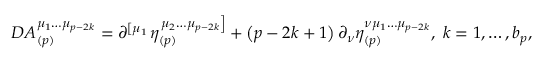
D A _ { ( p ) } ^ { \mu _ { 1 } \ldots \mu _ { p - 2 k } } = \partial ^ { \left[ \mu _ { 1 } \right. } \eta _ { ( p ) } ^ { \left. \mu _ { 2 } \ldots \mu _ { p - 2 k } \right] } + \left( p - 2 k + 1 \right) \partial _ { \nu } \eta _ { ( p ) } ^ { \nu \mu _ { 1 } \ldots \mu _ { p - 2 k } } , \; k = 1 , \ldots , b _ { p } ,